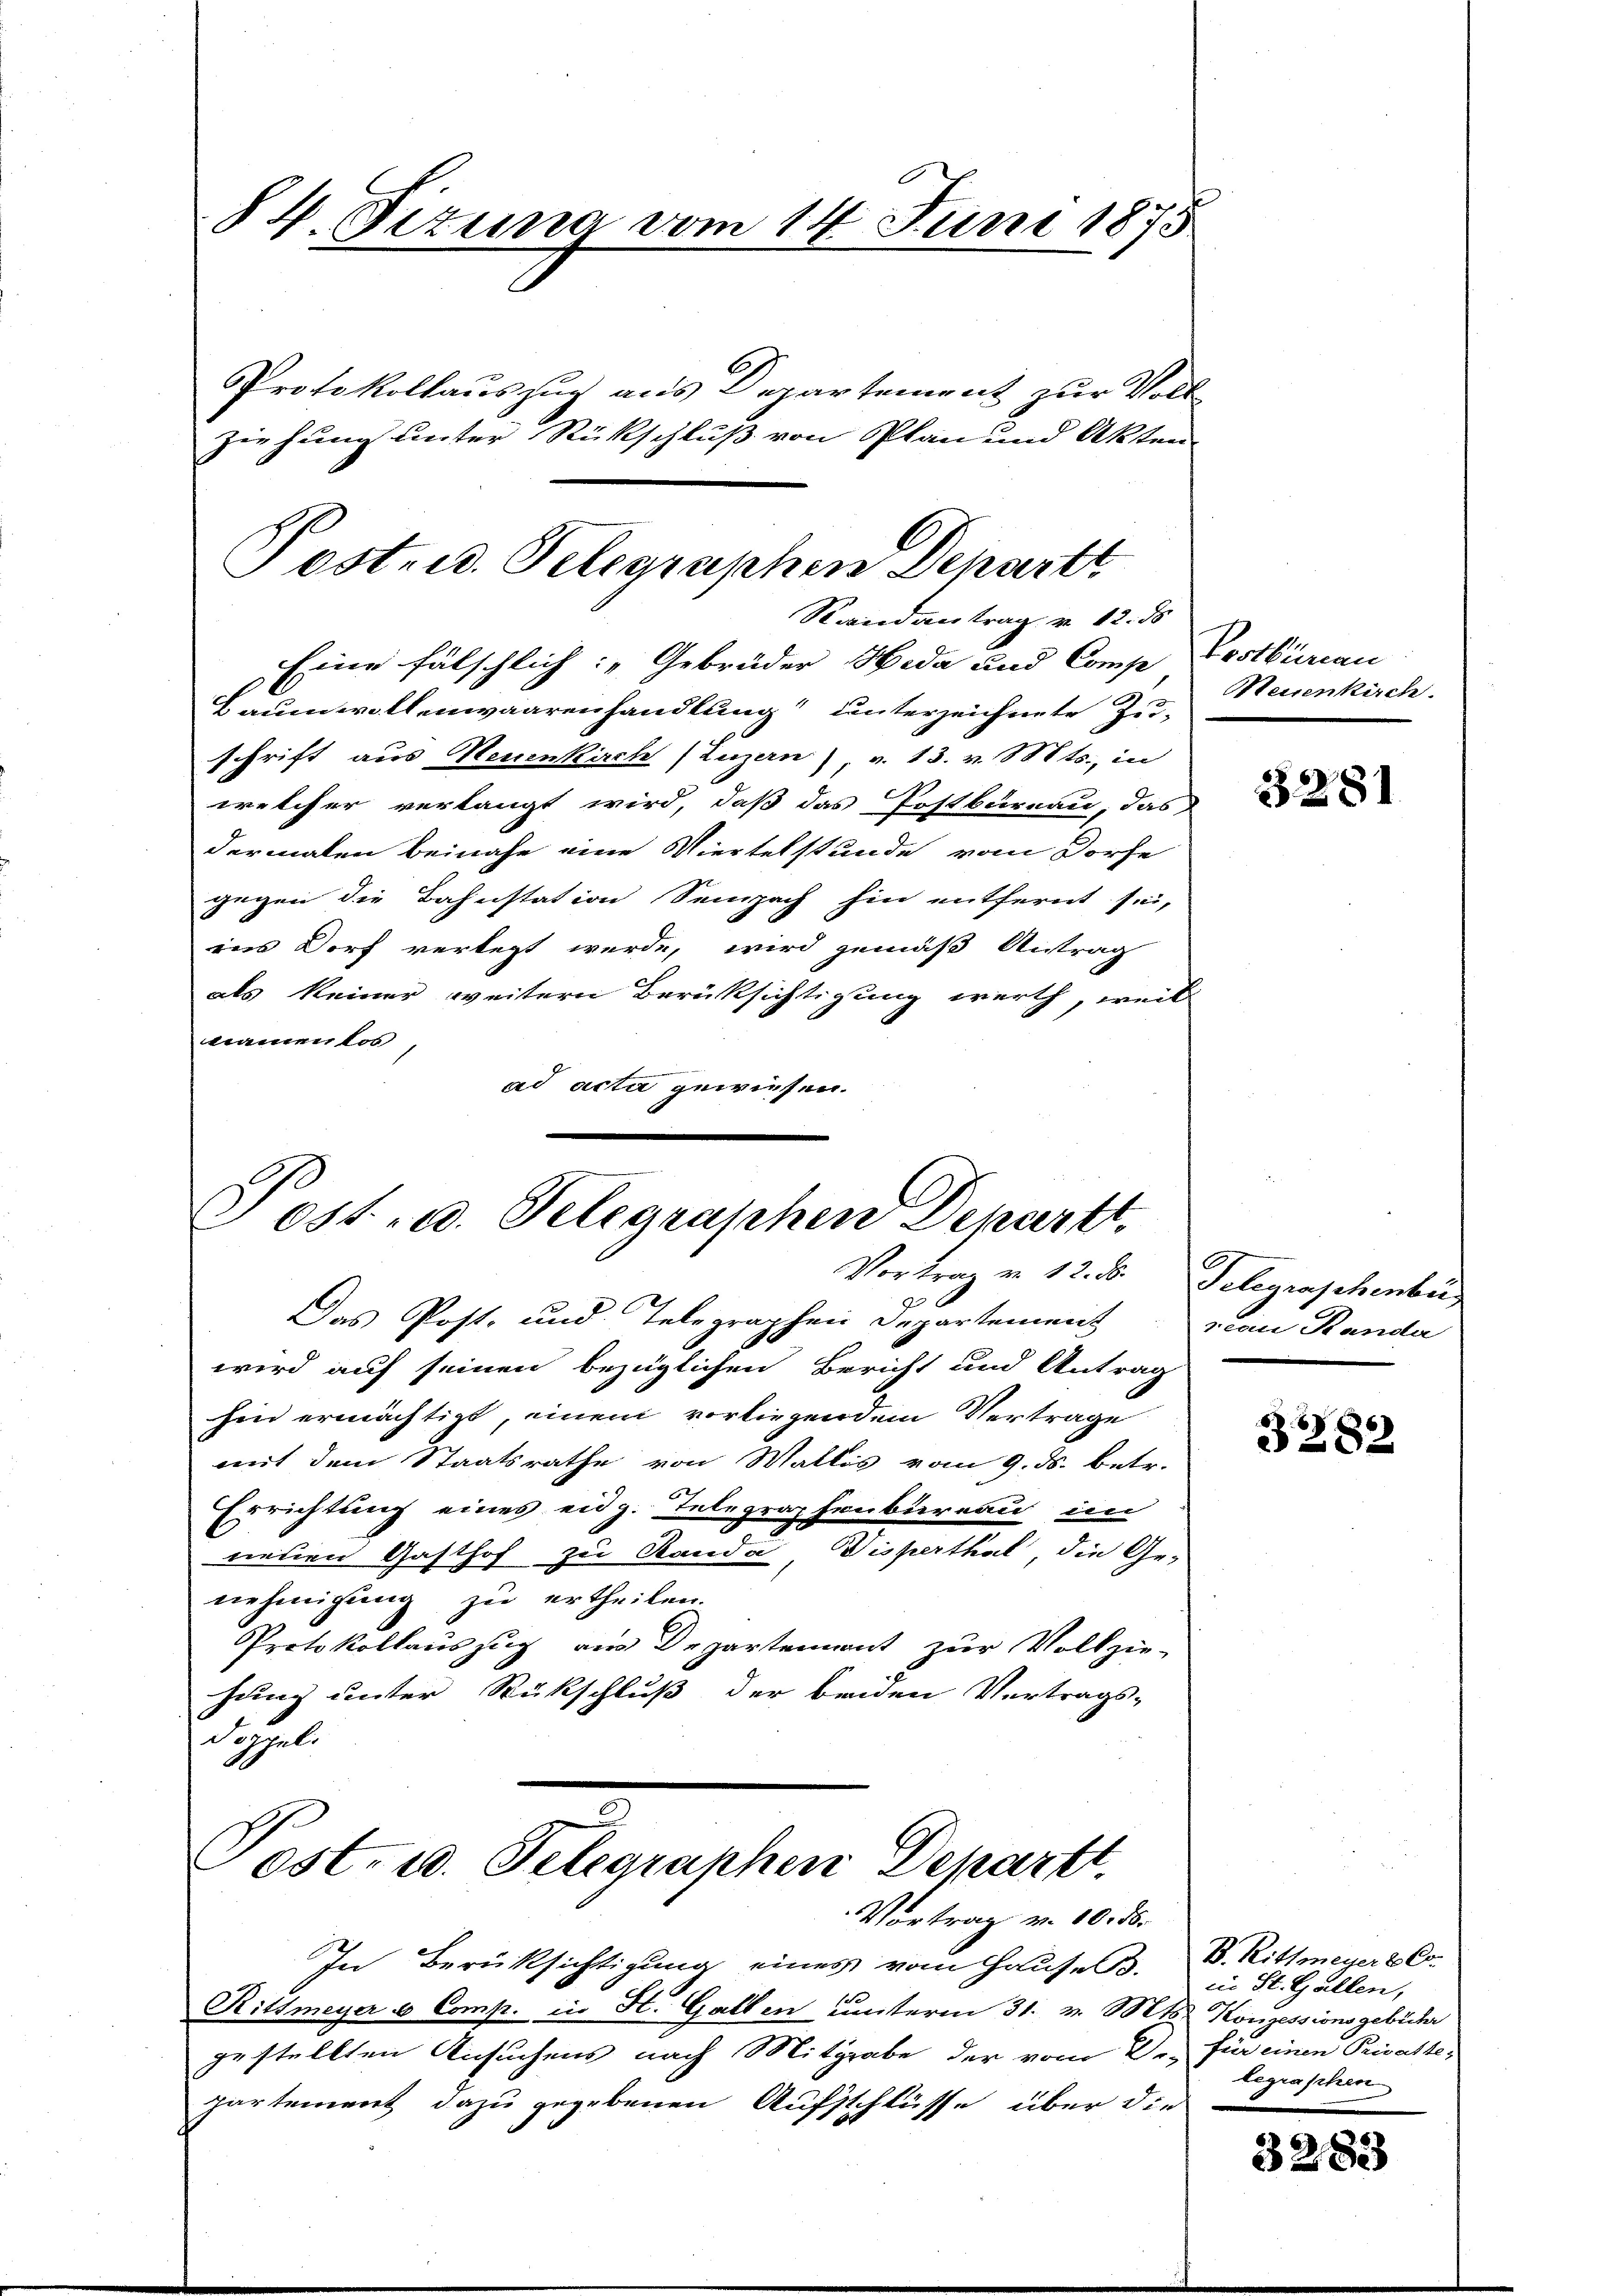
84. Situng vom 14. Juni 1875
Protokollauszug aus Departement zur Voll
ziehung unter Rückschluß von Plan und Akten

Eine fälschlich: „Gebrüder Heda und Compe, Lestbureau
Baumwollenwaarenhandlung unterzeichnete Zuschrift aus Neuenkirch (Luzern), v. 13. v. Mts., in
welcher verlangt wird, daß das Postbureau, das
dermalen beinahe eine Viertelstunde vom Dorfe
gegen die Bahnstation Sempach hin entfernt sei,
ins Dorf verlegt werde, wird gemäß Antrag
als keiner weitern Berücksichtigung werth, weil
kramenlos
ad acta gewiesen.

Posten. Telegraphen Departt
Randantrag v. 12. ds

Jost, u. Telegraphen Depart
Vortrag v. 12. ds.

Das Post- und Telegraphen Departement
wird auf seinen bezüglichen Bericht und Antrag
hin ermächtigt, einem vorliegendem Vertrage
mit dem Staatsrathe von Wallis vom 9. ds. betr.
Errichtung eines eidg. Telegraphenbureau im
neuen Gasthof zu Randa Wisserthal, die Ge-
nehmigung zu ertheilen.
Protokollauszug aus Departennant zur Vollzie-
hung unter Rückschluß der beiden Vertrags-
Doppeli

Post. 10. Telegraphen Departt.
Vortrag v. 10. d.

In Berüksichtigung eines vom Hauses.
Rittmeyer & Comp. in H. Gallen unterm 31. v. Mts. Konzessionsgebühr
gestellten Ansuchens nach Mitgrabe der vom 2. für einen Privattepartement dazu gegebenen Aufschlüsse über die

Meisenkirch.

3281

Telegraschenbe
scon Standa

8
3282

B. Rittmeyer & Co.
in St. Gallen,
legraphen

3283